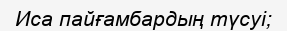
Иса пайғамбардың түсуі;